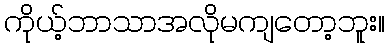
ကိုယ့်ဘာသာအလိုမကျတော့ဘူး။